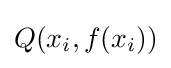
Q(x_{i},f(x_{i}))